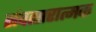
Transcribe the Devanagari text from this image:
संवत्सरात्मक